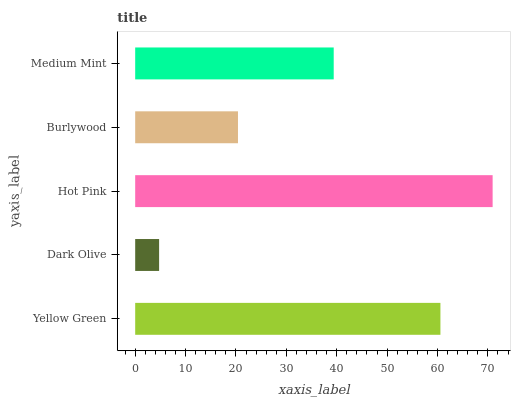
| yaxis_label | bars |
 | --- | --- |
 | Yellow Green | 60.6 |
 | Dark Olive | 4.75 |
 | Hot Pink | 70.9 |
 | Burlywood | 20.4 |
 | Medium Mint | 39.4 |